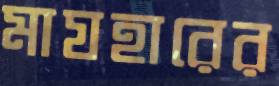
মাযহারের